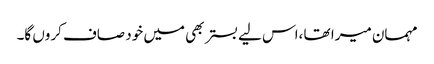
مہمان میرا تھا ،اس لیے بستر بھی میں خود صاف کروں گا۔